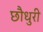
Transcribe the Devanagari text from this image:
छौधुरी